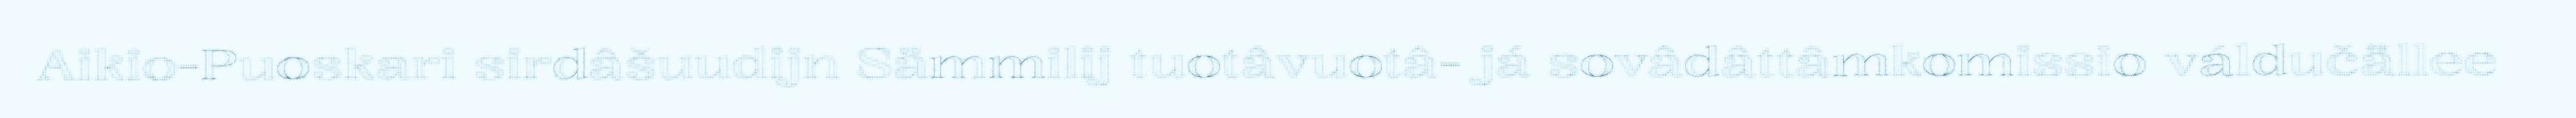
Aikio-Puoskari sirdâšuudijn Sämmilij tuotâvuotâ- já sovâdâttâmkomissio váldučällee